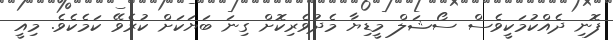
ފޮނި ދެއްކުމަކީވެސް ސޯޝަލް މީޑިޔާ މެދުވެރިކޮށް ގިނަ ބަޔަކަށް ކުރެވޭ ކަމެކެވެ. މިއީ